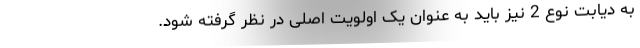
به دیابت نوع 2 نیز باید به عنوان یک اولویت اصلی در نظر گرفته شود.